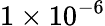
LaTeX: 1\times 10^{-6}